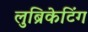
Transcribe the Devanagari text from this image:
लुब्रिकेटिंग